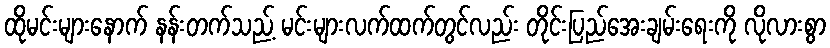
ထိုမင်းများနောက် နန်းတက်သည့် မင်းများလက်ထက်တွင်လည်း တိုင်းပြည်အေးချမ်းရေးကို လိုလားစွာ